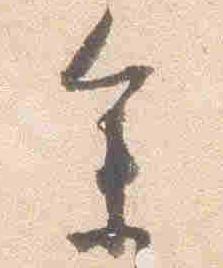
参